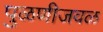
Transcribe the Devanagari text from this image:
पुळणीजवळ